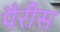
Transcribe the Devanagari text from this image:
पैरीस